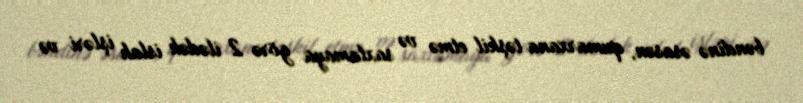
bəndinə əsasən, qumarxana təşkil etmə və saxlamaya görə 2 ilədək islah işləri və